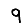
Digit: 9